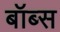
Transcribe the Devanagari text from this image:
बॉब्स